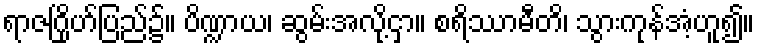
ရာဇဂြိုဟ်ပြည်၌။ ပိဏ္ဍာယ၊ ဆွမ်းအလို့ငှာ။ စရိဿာမီတိ၊ သွားကုန်အံ့ဟူ၍။